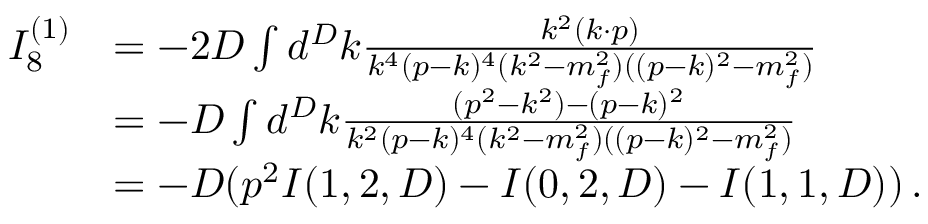
\begin{array} { r l } { I _ { 8 } ^ { ( 1 ) } } & { = - 2 D \int d ^ { D } k \frac { k ^ { 2 } ( k \cdot p ) } { k ^ { 4 } ( p - k ) ^ { 4 } ( k ^ { 2 } - m _ { f } ^ { 2 } ) ( ( p - k ) ^ { 2 } - m _ { f } ^ { 2 } ) } } \\ & { = - D \int d ^ { D } k \frac { ( p ^ { 2 } - k ^ { 2 } ) - ( p - k ) ^ { 2 } } { k ^ { 2 } ( p - k ) ^ { 4 } ( k ^ { 2 } - m _ { f } ^ { 2 } ) ( ( p - k ) ^ { 2 } - m _ { f } ^ { 2 } ) } } \\ & { = - D ( p ^ { 2 } I ( 1 , 2 , D ) - I ( 0 , 2 , D ) - I ( 1 , 1 , D ) ) \, . } \end{array}